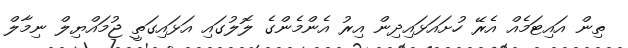
ތިން އައިޓަމެއް އެރޭ ހުށައަޅައިދިން އިރު އެންމެންގެ ލޮލުގައި އަޅައިގަތީ ޖުމައްޔިލް ނިމާލް